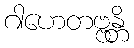
ဂါဟေတဗ္ဗန္တိ